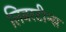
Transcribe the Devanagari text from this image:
लिबरटीन्स